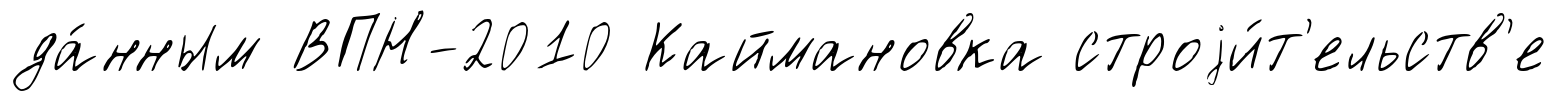
да́нным ВПН-2010 Каймановка строjи́т'ельств'е